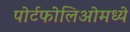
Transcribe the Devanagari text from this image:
पोर्टफोलिओमध्ये